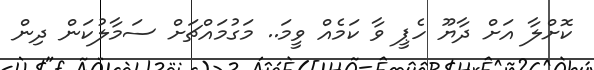
ކޮށްލާ އަށް ދާޔޫ ހެޕީ ވާ ކަމެއް ވީމަ.. މަގުމައްޗަށް ސަމާލުކަން ދިން